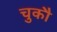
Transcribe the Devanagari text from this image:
चुकौ